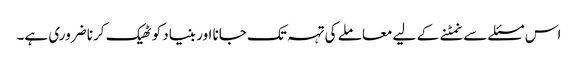
اس مسئلے سے نمٹنے کے لیے معاملے کی تہہ تک جانا اور بنیاد کو ٹھیک کرنا ضروری ہے۔